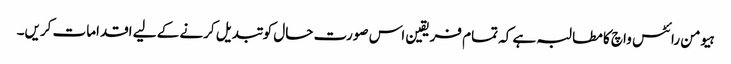
ہیومن رائٹس واچ کا مطالبہ ہے کہ تمام فریقین اس صورت حال کو تبدیل کرنے کے لیے اقدامات کریں۔